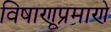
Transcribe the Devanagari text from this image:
विषाणूप्रमाणे